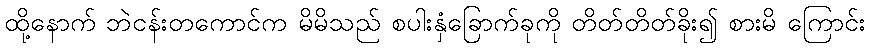
ထို့နောက် ဘဲငန်းတကောင်က မိမိသည် စပါးနှံခြောက်ခုကို တိတ်တိတ်ခိုး၍ စားမိ ကြောင်း